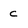
Character: c